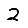
Digit: 2